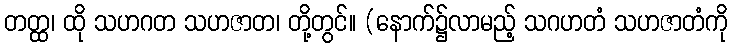
တတ္ထ၊ ထို သဟဂတ သဟဇာတ၊ တို့တွင်။ (နောက်၌လာမည့် သဂဟတံ သဟဇာတံကို